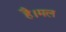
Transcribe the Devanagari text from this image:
है।मल